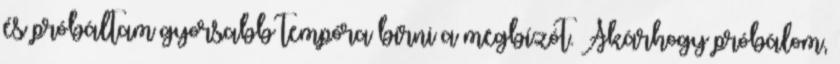
és próbáltam gyorsabb tempóra bírni a megbízót. Akárhogy próbálom,